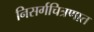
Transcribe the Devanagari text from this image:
निसर्गचित्रणात